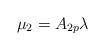
LaTeX: \begin{align*}\mu_2=A_{2p} \lambda\end{align*}